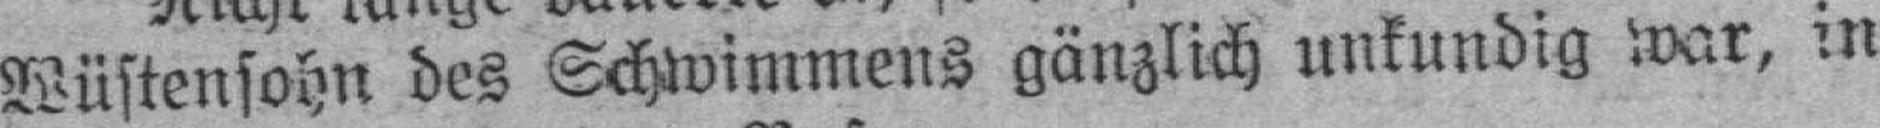
Wüstensohn des Schwimmens gänzlich unkundig war, in